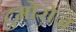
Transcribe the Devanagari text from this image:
टुमोरोज़